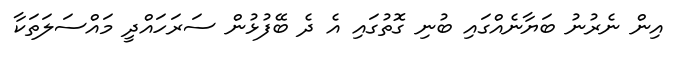
އިން ނެރުނު ބަޔާނެއްގައި ބުނި ގޮތުގައި އެ ދެ ބޭފުޅުން ސަރަހައްދީ މައްސަލަތަކާ